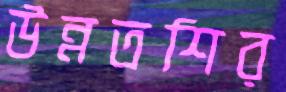
উন্নতশির